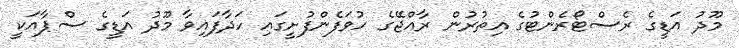
މޫދު އަޑީގެ ރެސްޓޯރެންޓުގެ އިތުރުން ރާއްޖޭގެ ހުވަފެންފުށީގައި ހަދާފައިވާ މޫދު އަޑީގެ ސްޕާއަކީ